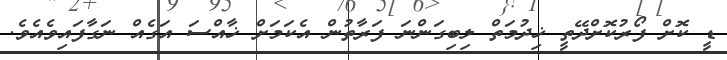
ޑީ ކޮށް ފޯރުކޮށްދޭތީ ޚިދުމަތް ލިބިގަންނަ ފަރާތުން އެކަމަށް ޚާއްސަ އަގެއް ނަގާފައިވެއެވެ.